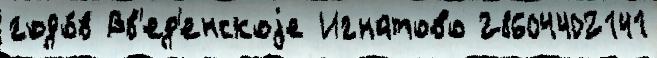
годо́в Вв'ед'енскоjе Игнатово 28604402141